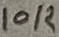
Text: 10K